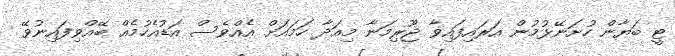
ޓީ ބަޔާން ހުށަނޭޅުމުން އަރައިފައިވާ ޖޫރިމަނާ މިއަދާ ހަމައަށް އެއްވެސް އަޑުއެހުމެއް ބޭއްވިފައިނުވޭ